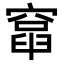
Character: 𥨈